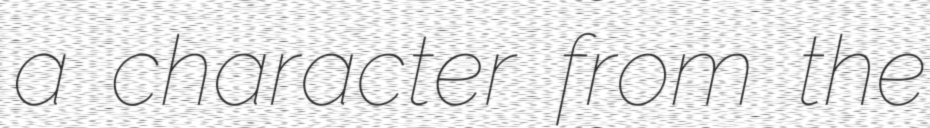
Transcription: a character from the